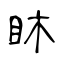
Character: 𥄢